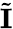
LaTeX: \tilde{\mathbf{I}}